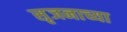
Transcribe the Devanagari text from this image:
सृजनाच्या